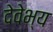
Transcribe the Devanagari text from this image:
देवेभ्य